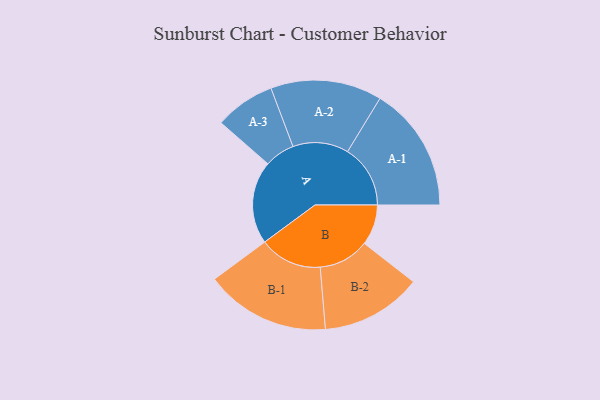
{"axis": {"x": "Segment", "y": "Value"}, "legend": ["", "A", "B"], "data": [{"x": "A", "y": 374, "type": ""}, {"x": "B", "y": 183, "type": ""}, {"x": "A-1", "y": 283, "type": "A"}, {"x": "A-2", "y": 251, "type": "A"}, {"x": "A-3", "y": 136, "type": "A"}, {"x": "B-1", "y": 282, "type": "B"}, {"x": "B-2", "y": 228, "type": "B"}]}